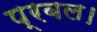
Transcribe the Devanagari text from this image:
प्रबल।